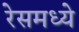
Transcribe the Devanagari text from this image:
रेसमध्ये